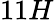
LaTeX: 11H